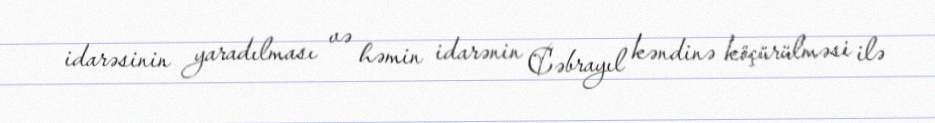
idarəsinin yaradılması və həmin idarənin Cəbrayıl kəndinə köçürülməsi ilə